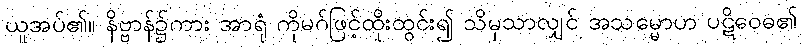
ယူအပ်၏။ နိဗ္ဗာန်၌ကား အာရုံ ကိုမဂ်ဖြင့်ထိုးထွင်း၍ သိမှသာလျှင် အသမ္မောဟ ပဋိဝေဓ၏